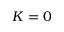
K = 0